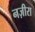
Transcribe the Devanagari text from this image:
नज़ीरा